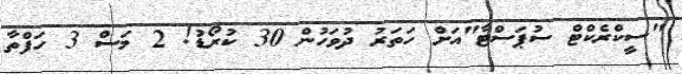
"ސީކްރެކްޓް ސުޕަސްޓާ"އަށް ހަތަރު ދުވަހުން 30 ކުރޯޑު! 2 މަސް 3 ހަފްތާ